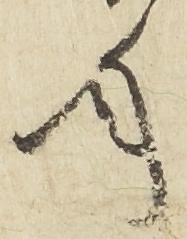
年